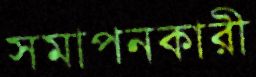
সমাপনকারী